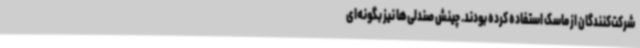
شرکت‌کنندگان از ماسک استفاده کرده بودند. چینش صندلی‌ها نیز بگونه‌ای